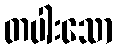
တပါးသော